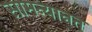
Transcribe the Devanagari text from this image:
सामन्यानत